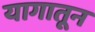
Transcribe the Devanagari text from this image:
यागातून